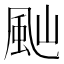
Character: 𩖞